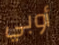
أوبي